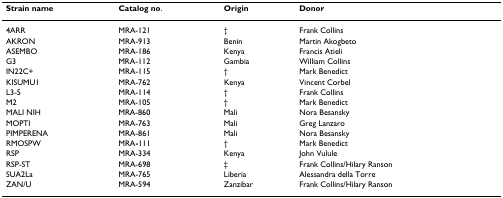
| Strain name | Catalog no. | Origin | Donor |
 | --- | --- | --- | --- |
 | 4ARR | MRA-121 | † | Frank Collins |
 | AKRON | MRA-913 | Benin | Martin Akogbeto |
 | ASEMBO | MRA-186 | Kenya | Francis Atieli |
 | G3 | MRA-112 | Gambia | William Collins |
 | IN22C+ | MRA-115 | † | Mark Benedict |
 | KISUMU1 | MRA-762 | Kenya | Vincent Corbel |
 | L3-5 | MRA-114 | † | Frank Collins |
 | M2 | MRA-105 | † | Mark Benedict |
 | MALI NIH | MRA-860 | Mali | Nora Besansky |
 | MOPTI | MRA-763 | Mali | Greg Lanzaro |
 | PIMPERENA | MRA-861 | Mali | Nora Besansky |
 | RMOSPW | MRA-111 | † | Mark Benedict |
 | RSP | MRA-334 | Kenya | John Vulule |
 | RSP-ST | MRA-698 | ‡ | Frank Collins/Hilary Ranson |
 | SUA2La | MRA-765 | Liberia | Alessandra della Torre |
 | ZAN/U | MRA-594 | Zanzibar | Frank Collins/Hilary Ranson |